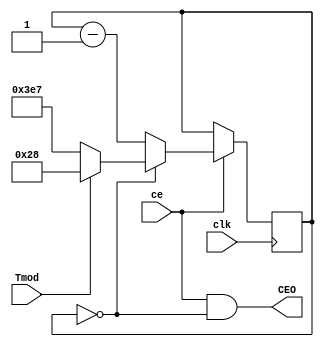
`timescale 1ns / 1ps
//////////////////////////////////////////////////////////////////////////////////
// Company: 
// Engineer: 
// 
// Design Name: 
// Module Name:    Gen_Nms_1s 
// Project Name: 
// Target Devices: 
// Tool versions: 
// Description: 
//
// Dependencies: 
//
// Revision: 
// Revision 0.01 - File Created
// Additional Comments: 
//
//////////////////////////////////////////////////////////////////////////////////
`define N 41
module Gen_Nms_1s(
	input clk,
	input ce,
	input Tmod,
	output wire CEO
);

parameter F1kHz=1000;
parameter F1Hz=1;

reg [9:0]cb_Nms = 0;
wire [9:0]Nms = Tmod? `N-1 : ((F1kHz/F1Hz)-1);

assign CEO =  ce & (cb_Nms==0);

always @(posedge clk) if (ce) begin
	cb_Nms  <= (cb_Nms==0)? Nms :  cb_Nms-1;
end

endmodule